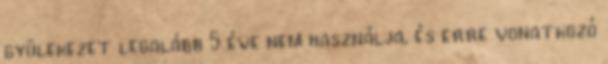
gyülekezet legalább 5 éve nem használja, és erre vonatkozó